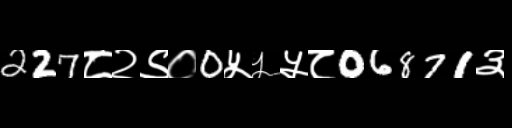
Text: 227८२९०0५५५८06871३